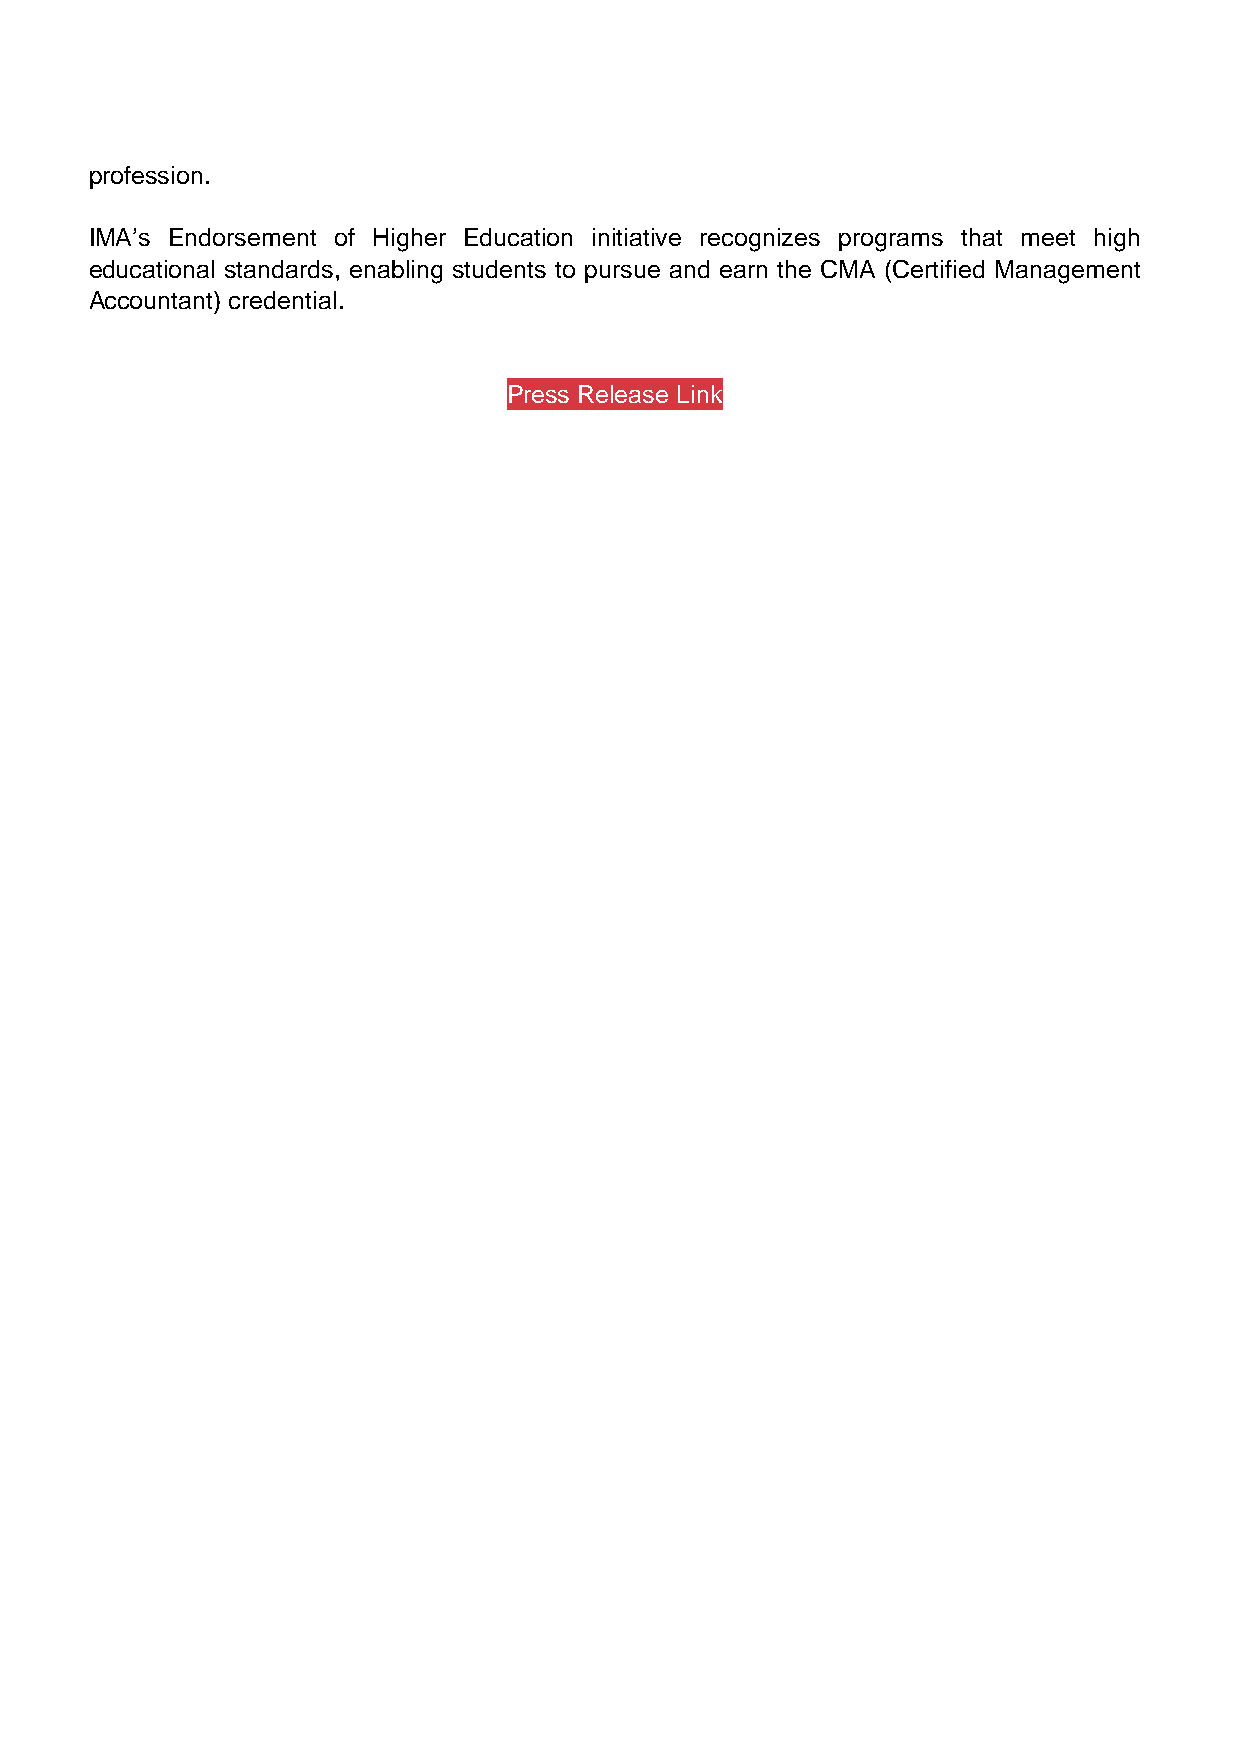
profession.
 IMA’s Endorsement of Higher Education initiative recognizes programs that meet high
 educational standards, enabling students to pursue and earn the CMA (Certified Management
 Accountant) credential.
 Press Release Link
 Powered by TCPDF (www.tcpdf.org)